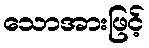
သောအားဖြင့်